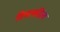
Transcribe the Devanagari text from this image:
विमलदित्य